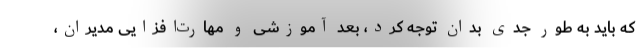
که باید به طور جدی بدان توجه کرد، بعد آموزشی و مهارت‌افزایی مدیران،